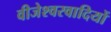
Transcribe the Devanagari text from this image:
वीजेश्वरवादियों